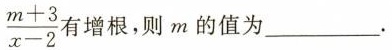
\frac{m+3}{x-2}有增根，则m的值为___.